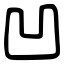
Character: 凹